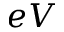
e V